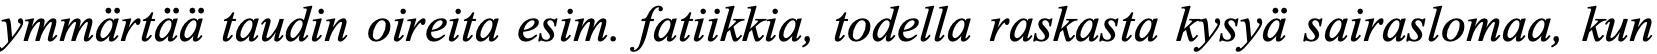
ymmärtää taudin oireita esim. fatiikkia, todella raskasta kysyä sairaslomaa, kun